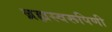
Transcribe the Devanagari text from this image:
ब्रह्मस्वरूपिणी